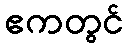
ဧကတွင်